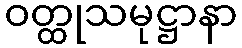
ဝတ္ထုသမုဋ္ဌာနာ